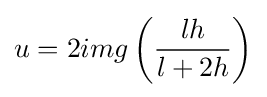
u=2img\left({\frac {lh}{l+2h}}\right)